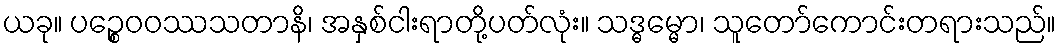
ယခု။ ပဉ္စေဝဝဿသတာနိ၊ အနှစ်ငါးရာတို့ပတ်လုံး။ သဒ္ဓမ္မော၊ သူတော်ကောင်းတရားသည်။